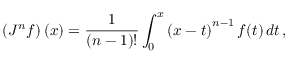
\left( J ^ { n } f \right) ( x ) = { \frac { 1 } { ( n - 1 ) ! } } \int _ { 0 } ^ { x } \left( x - t \right) ^ { n - 1 } f ( t ) \, d t \, ,